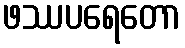
ဖဿပရေတော